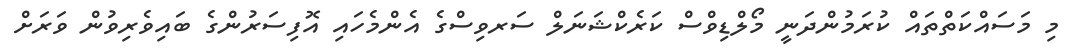
މި މަސައްކަތްތައް ކުރަމުންދަނީ މޯލްޑިވްސް ކަރެކްޝަނަލް ސަރވިސްގެ އެންމެހައި އޮފިސަރުންގެ ބައިވެރިވުން ވަރަށް